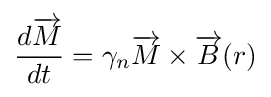
{\frac {d{\overrightarrow {M}}}{dt}}=\gamma _{n}{\overrightarrow {M}}\times {\overrightarrow {B}}(r)